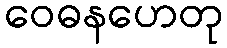
ဝေဓနဟေတု